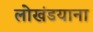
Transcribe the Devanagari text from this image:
लोखंडयाना